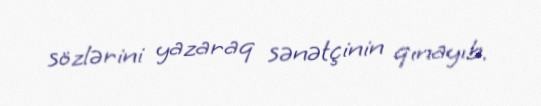
sözlərini yazaraq sənətçinin qınayıb.